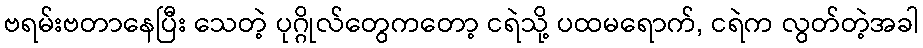
ဗရမ်းဗတာနေပြီး သေတဲ့ ပုဂ္ဂိုလ်တွေကတော့ ငရဲသို့ ပထမရောက်, ငရဲက လွတ်တဲ့အခါ